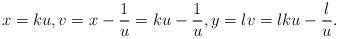
LaTeX: \begin{align*}x=ku,v=x-\frac{1}{u}=ku-\frac{1}{u},y=lv=lku-\frac{l}{u}.\end{align*}